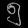
Digit: ၅